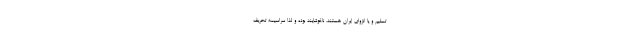
تسلیم و یا انزوای ایران هستند، ناخوشایند بوده و لذا سراسیمه تحریف